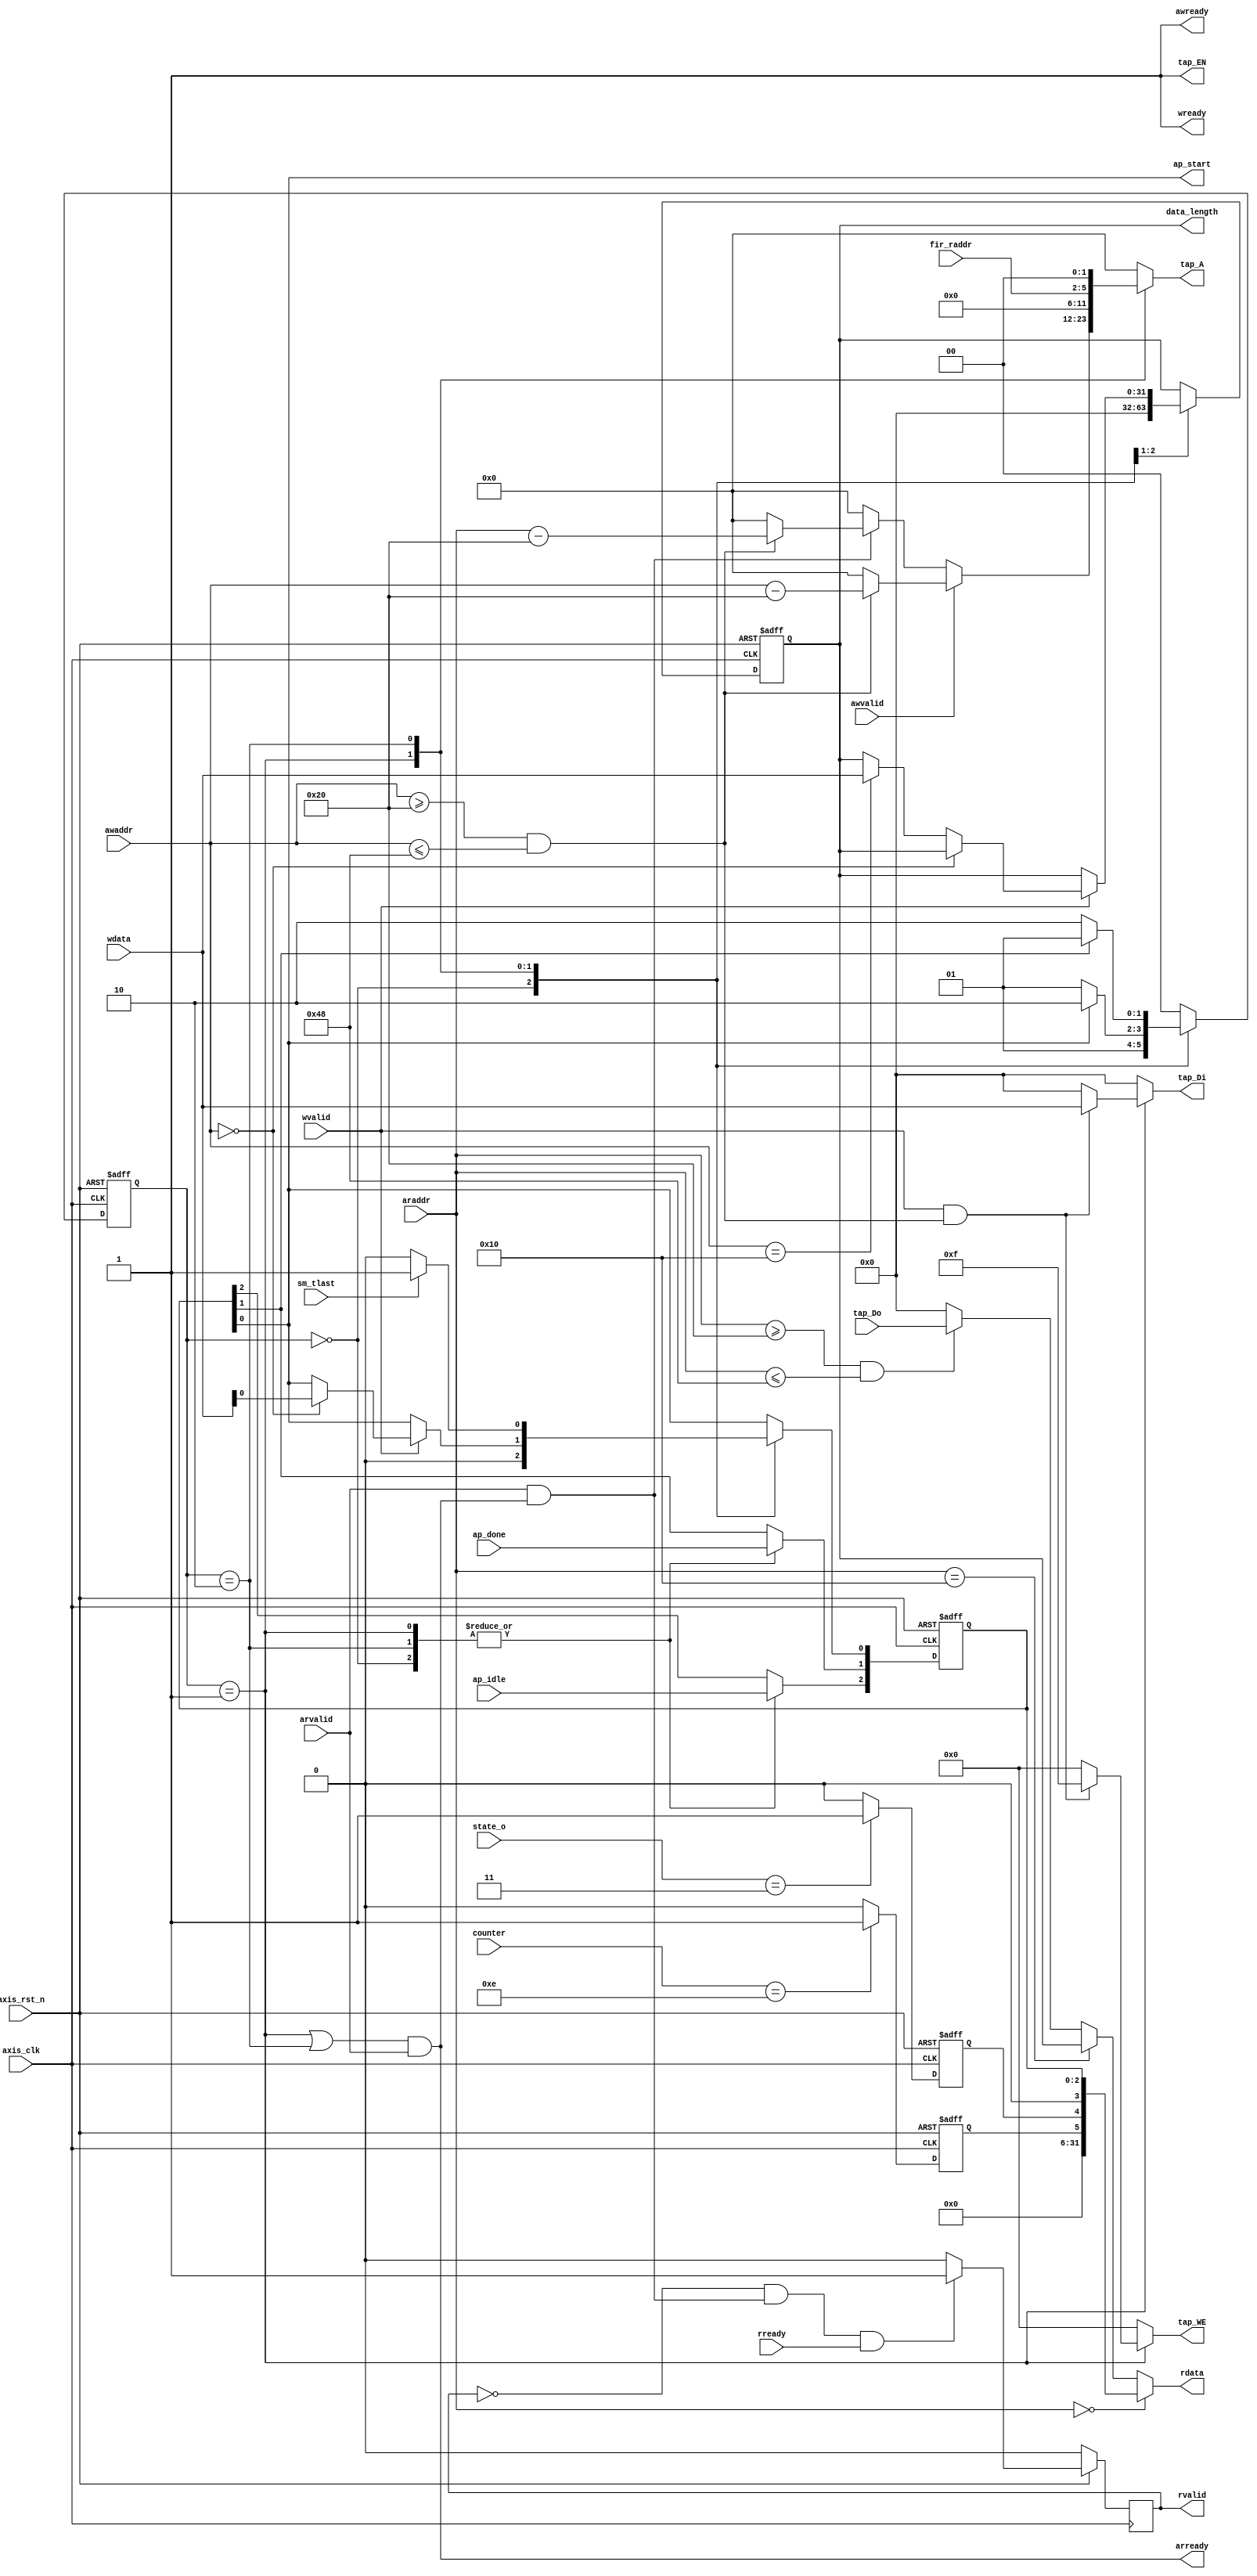
`timescale 1ns / 1ps
//////////////////////////////////////////////////////////////////////////////////
// Company: 
// Engineer: 
// 
// Design Name: 
// Module Name: axilite
// Project Name: 
// Target Devices: 
// Tool Versions: 
// Description: 
// 
// Dependencies: 
// 
// Revision:
// Revision 0.01 - File Created
// Additional Comments:
// 
//////////////////////////////////////////////////////////////////////////////////
module axilite
#(  parameter pADDR_WIDTH = 12,
    parameter pDATA_WIDTH = 32,
    parameter Tape_Num    = 11
)
(
    output  wire                     awready,
    input   wire                     awvalid,
    input   wire [(pADDR_WIDTH-1):0] awaddr,
    output  wire                     wready,
    input   wire                     wvalid,
    input   wire  [(pDATA_WIDTH-1):0] wdata,

    output  wire                     arready,
    input   wire                     arvalid,
    input   wire [(pADDR_WIDTH-1):0] araddr,
    input   wire                     rready,
    output  wire                     rvalid,
    output  wire  [(pDATA_WIDTH-1):0] rdata,

    output  wire [3:0]               tap_WE,  // signal indicating output data and address are valid
    output  wire                     tap_EN,
    output  wire [(pDATA_WIDTH-1):0] tap_Di,
    output  wire [(pADDR_WIDTH-1):0] tap_A,
    input   wire [(pDATA_WIDTH-1):0] tap_Do,

	output wire                      ap_start,
    input  wire                      ap_idle,
    input  wire                      ap_done,
    output wire  [(pDATA_WIDTH-1):0] data_length,

	input  wire  [3:0]               fir_raddr,

    input   wire                     axis_clk,
    input   wire                     axis_rst_n,
    input   wire     [2:0]           state_o, 
    input   wire     [3:0]           counter,
    input   wire                     sm_tlast
);

	localparam IDLE = 2'b00, TAPE = 2'b01, CALC = 2'b10;
	localparam control_counter = 4'd11;
	reg [1:0] 				state, next_state;	// FSM
	reg [2:0] 				ap_control;			
	reg [(pDATA_WIDTH-1):0] data_length_reg;
	
	reg 					arready_reg;
	reg 					rvalid_reg;
	reg [(pDATA_WIDTH-1):0] rdata_reg;
	reg [3:0] 				tap_WE_reg;
	reg [(pDATA_WIDTH-1):0] tap_Di_reg;
	reg [(pADDR_WIDTH-1):0] tap_A_reg;

	// handshakes of Write / Read
	wire aw_hs, w_hs, ar_hs, r_hs;

    assign data_length = data_length_reg;

	// handshakes signals
    assign aw_hs = awvalid & awready;
    assign w_hs  = wvalid  & wready;
    assign ar_hs = arvalid & arready;
    assign r_hs  = rvalid  & rready;

	// AXI-Lite Write / Read signal
	
	
    assign awready = 1;
    assign wready  = 1;
    

    
    
    
    
    assign arready = ((state == TAPE| state == CALC) & arvalid);
    assign rvalid  = rvalid_reg;
    assign rdata  = rdata_reg;

	// AXI-Stream Tap RAM signal
    assign tap_EN = 1;
    assign tap_WE = tap_WE_reg;
    assign tap_Di = tap_Di_reg;
    assign tap_A  = tap_A_reg;

	assign ap_start = ap_control[0];

	// sequential state trnsition
	always @(posedge axis_clk or negedge axis_rst_n) begin
		if (!axis_rst_n) begin
			state <= IDLE;
		end
		else begin
			state <= next_state;
		end
	end

	// next state generation
	always@* begin
        case (state)
            IDLE: begin
                next_state = TAPE;
            end
            TAPE: begin
                if (ap_control[0]) begin	// when ap_start = 1, go to calculation state
                    next_state = CALC;
                end
                else begin
                    next_state = TAPE;
                end
            end
            CALC: begin
                if (ap_control[1]) begin
                    next_state = TAPE;		// when ap_start = 0, go back to TAPE state to wait
                end
                else begin
                    next_state = CALC;
                end
            end
            default: begin
                next_state = IDLE;
            end
        endcase
    end

	// ap_control signal & data length
	always@(posedge axis_clk or negedge axis_rst_n) begin
        if (~axis_rst_n) begin
            ap_control <= 3'b0;
            data_length_reg <= 32'b0;
        end
        else begin
            case(state)
                IDLE: begin
                    ap_control <= {ap_idle,ap_done,1'b0};
                    data_length_reg <= 32'b0;
                end
                TAPE: begin
                    ap_control[1] <= ap_done;
                    ap_control[2] <= ap_idle;
                    if (w_hs) begin
                        if (awaddr == 12'h000) begin 	// ap_start will write to this register
                            ap_control[0] <= wdata[0];
                        end
                        else if (awaddr == 12'h010) begin
                            data_length_reg <= wdata;
                        end
                        else begin
                            ap_control[0]  <= ap_control[0];
                            data_length_reg <= data_length_reg;
                        end
                    end
                    else begin
                        ap_control[0]  <= ap_control[0];
                        data_length_reg <= data_length_reg;
                    end
                end
                CALC: begin
                    if (sm_tlast) begin
                        ap_control[0] <= 1;
                    end
                    else begin
                        ap_control[0] <= 0;
                    end
                    ap_control[1] <= ap_done;
                    ap_control[2] <= ap_idle;
                    data_length_reg <= data_length_reg;
                end
            endcase
        end
    end

	// READ valid
	always@(posedge axis_clk) begin
        if (~axis_rst_n) begin
        rvalid_reg <= 0;
         end
	 else if (~rvalid_reg & ar_hs & rready) begin
	 rvalid_reg<=1'b1;
	 end
	 else begin
	 rvalid_reg<=1'b0;
	 end			// when address handshake, send read valid
       end

	// WRITE / READ / CALCULATE Address
	always @(*) begin
		case (state)
			IDLE: begin
				tap_A_reg = 0;
			end

			TAPE: begin
				if (aw_hs) begin
					if ((awaddr >= 12'h20) & (awaddr <= 12'h48)) 
						tap_A_reg = awaddr - 12'h020;	  
					else				
						tap_A_reg = 0;						// when write / read address stay between 0x20 - 0xFF, it will
				end											// send address to Tap RAM, else address (control, data length)
															// will send to other register
				else if (ar_hs) begin
					if ((awaddr >= 12'h20) & (awaddr <= 12'h48)) 
						tap_A_reg = araddr - 12'h020;
					else 
						tap_A_reg = 0;
				end
                else begin 
                    tap_A_reg = 0;
                end
			end

			CALC: begin  									// while calculation, fir poniter will send address to axilite,
				tap_A_reg = {6'b0,fir_raddr[3:0],2'b00};	// and we already program the Tap RAM address, so it will automatically
			end												// get the right tap parameter

			default: begin 
				tap_A_reg = 0;
			end
		endcase
	end

	// WRITE Coefficient
	always @(*) begin
        case(state)
            IDLE: begin
                tap_Di_reg  = 0;
            end

            TAPE: begin
                if (w_hs & (awaddr >= 12'h20 & awaddr <= 12'h48))
                    tap_Di_reg = wdata;
                else
                    tap_Di_reg  = 0;
            end

            CALC: begin
                tap_Di_reg  = 0;
            end

            default: begin
                tap_Di_reg  = 0;
            end
        endcase
    end
    
       wire x_reg,y_reg;
       assign x_reg =(state_o==3'd3)?1:0;
       assign y_reg =(counter== control_counter+3)?1:0;
	//read change
	reg x_ready_reg, y_ready_reg;
	always @(posedge axis_clk or negedge axis_rst_n) begin
		if (!axis_rst_n) begin
			x_ready_reg <= 0;
		end
		else begin
			x_ready_reg <= x_reg ;
		end
	end
       always @(posedge axis_clk or negedge axis_rst_n) begin
		if (!axis_rst_n) begin
			y_ready_reg <= 0;
		end
		else begin
			y_ready_reg <= y_reg ;
		end
	end
	
	
	always @(*) begin
        if (araddr == 12'h00) begin
            rdata_reg = {27'd0,y_ready_reg,x_ready_reg,1'b0,ap_control};
        end
        else if (araddr == 12'h10) begin
            rdata_reg = data_length_reg;
        end
        else if ((araddr >= 12'h20) & (araddr <= 12'h48)) begin
            rdata_reg = tap_Do;
        end
        else begin
            rdata_reg = 0;
        end
    end

	// WE control
	always @(*) begin
        case (state)
            IDLE: begin
                tap_WE_reg = 4'b0000;
            end
			
            TAPE: begin
                if (w_hs & (awaddr >= 12'h20 & awaddr <= 12'h48)) 
                    tap_WE_reg = 4'b1111; 	// when write address stay between 0x20 - 0xFF, then
                else                        // Tap write enable will function
                    tap_WE_reg = 4'b0000;
            end
            CALC: begin
                tap_WE_reg = 4'b0000;
            end

            default: begin
                tap_WE_reg = 4'b0000;
            end
        endcase
    end

endmodule